Calcutta medical institutions reports 1871-78
Year: 1871
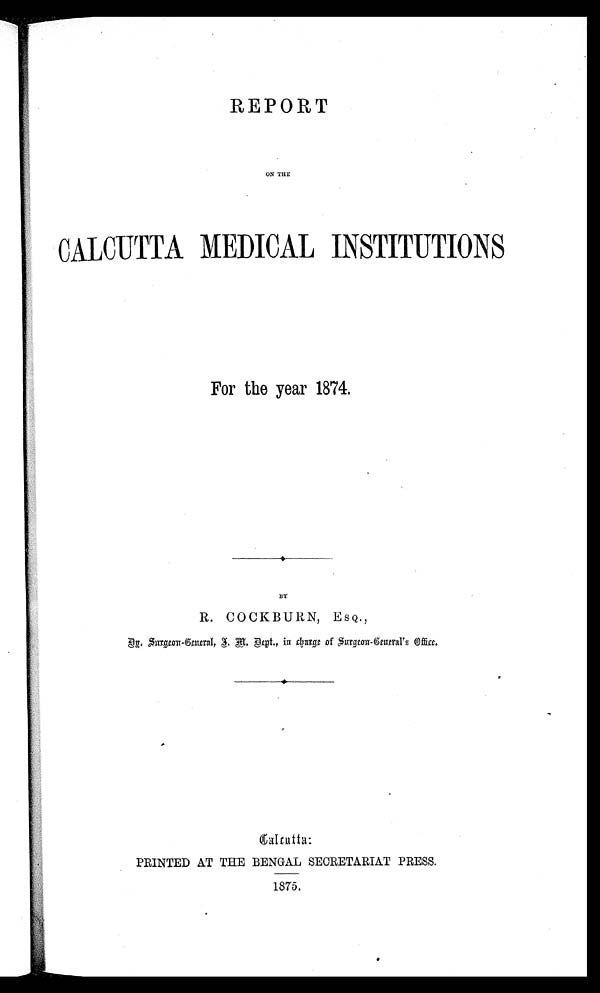
REPORT
ON THE
CALCUTTA MEDICAL INSTITUTIONS
For the year 1874.
BY
R. COCKBURN, ESQ.,
Dr. Surgeon -Genral, I . M Dept., in charge of Surgeon-Genreral's Office
Calcatta
PRINTED AT THE BENGAL SECRETARIAT PRESS.